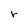
Character: r